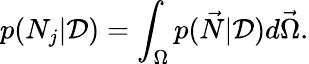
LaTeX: p(N_{j}|\mathcal D)=\int_{\Omega}p(\vec{N}|\mathcal D)d\vec{\Omega}.